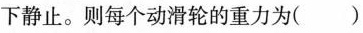
下静止。则每个动滑轮的重力为( )